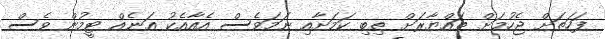
ފަހަތަށް ޖެހުމަށް ތައްޔާރަށް ތިބި ކަމަށާއި ނަމަވެސް އެއާއެކު އަނެއް ޓީމުން ވެސް